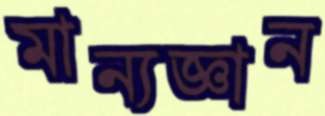
মান্যজ্ঞান